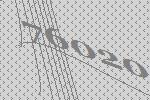
76020